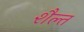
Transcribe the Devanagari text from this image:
शैल्त